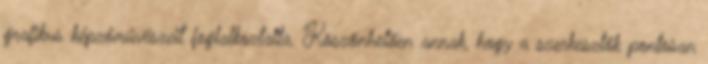
grafikus képzőművészeit foglalkoztatta. Köszönhetően annak, hogy a szerkesztők pontosan